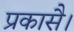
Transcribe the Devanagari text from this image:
प्रकासै।